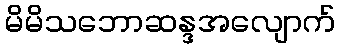
မိမိသဘောဆန္ဒအလျောက်